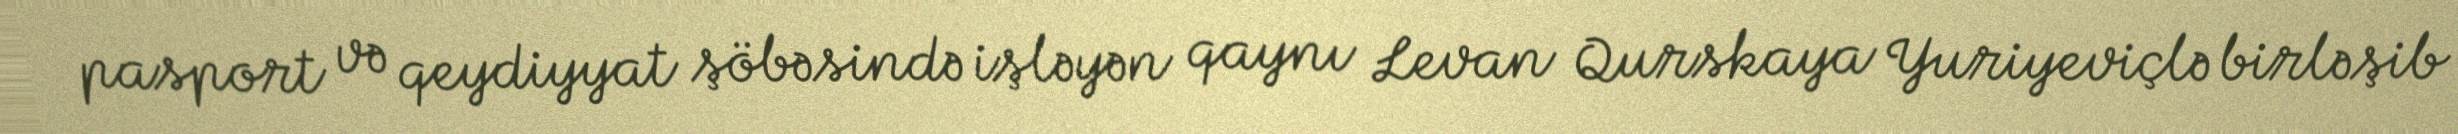
pasport və qeydiyyat şöbəsində işləyən qaynı Levan Qurskaya Yuriyeviçlə birləşib